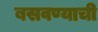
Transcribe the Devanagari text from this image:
बसवण्याची